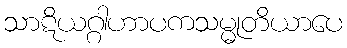
သာဋိယဂ္ဂါဟာပကသမ္မုတိယာပေ